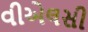
વીએલસી